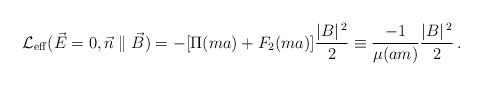
LaTeX: \begin{align*}{\cal L}_{\rm eff}(\vec E=0, \vec n \parallel \vec B) = -[\Pi(ma)+F_2(ma)]\frac{ \vert B\vert^{\,2}}{2} \equiv \frac{-1}{\mu(am)}\frac{ \vert B\vert^{\,2}}{2}\,.\end{align*}